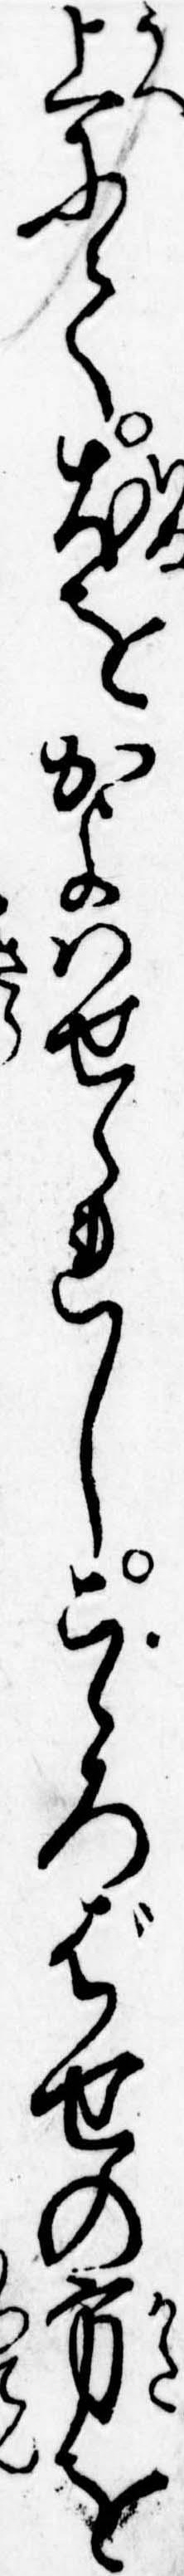
上にて犬をかよはせられしこゝろばせの方を